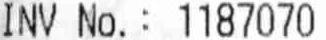
INV NO.: 1187070